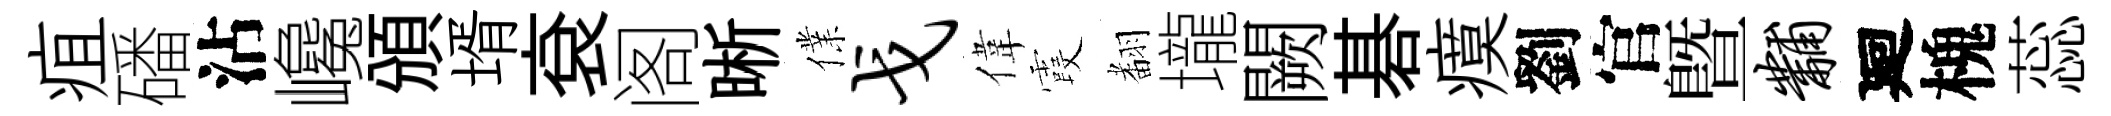
疽磻沾巉頒壻袞阁晰㒒戈偉霞𮋒壠闕碁瘼劉官曁黼廻槐蕊